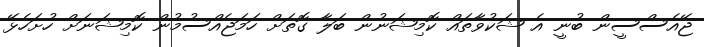
ޖޭއެސްސީން ބުނީ އެ ޝަކުވާތައް ކޮމިޝަނުން ބަލާ ގޮތަށް ހަމަޖެއްސުމުން ކޮމިޝަނަށް ހުށަހެޅޭ